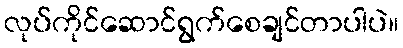
လုပ်ကိုင်ဆောင်ရွက်စေချင်တာပါပဲ။